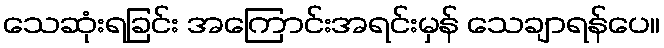
သေဆုံးရခြင်း အကြောင်းအရင်းမှန် သေချာရန်ပေ။